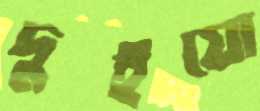
দুইয়ো